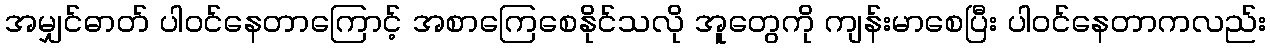
အမျှင်ဓာတ် ပါဝင်နေတာကြောင့် အစာကြေစေနိုင်သလို အူတွေကို ကျန်းမာစေပြီး ပါဝင်နေတာကလည်း